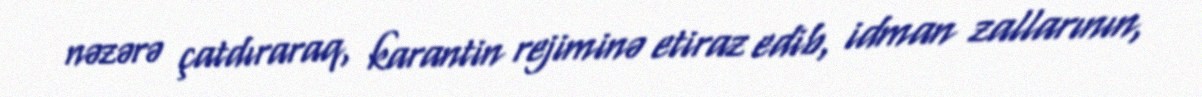
nəzərə çatdıraraq, karantin rejiminə etiraz edib, idman zallarının,